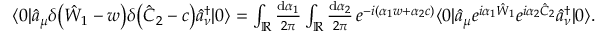
\begin{array} { r } { \langle 0 | \hat { a } _ { \mu } \delta \bigl ( \hat { W } _ { 1 } - w \bigr ) \delta \bigl ( \hat { C } _ { 2 } - c \bigr ) \hat { a } _ { \nu } ^ { \dagger } | 0 \rangle = \int _ { \mathbb { R } } \frac { \mathrm { d } \alpha _ { 1 } } { 2 \pi } \int _ { \mathbb { R } } \frac { \mathrm { d } \alpha _ { 2 } } { 2 \pi } \, e ^ { - i \left( \alpha _ { 1 } w + \alpha _ { 2 } c \right) } \langle 0 | \hat { a } _ { \mu } e ^ { i \alpha _ { 1 } \hat { W } _ { 1 } } e ^ { i \alpha _ { 2 } \hat { C } _ { 2 } } \hat { a } _ { \nu } ^ { \dagger } | 0 \rangle . } \end{array}